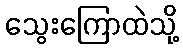
သွေးကြောထဲသို့